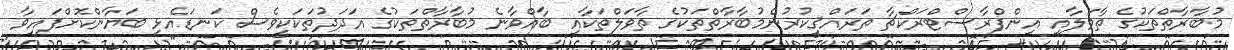
މުބާރާތްތަކުގެ ތާވަލާއި އިންފްރާސްޓްރަކްޗާ ތަރައްޤީކުރުންމުބާރާތްތަކުގެ ތާވަލްތަކާއި ބާއްވާނެ މުބާރާތްތަކުގެ އަދަދުތަކަކީވެސް ކަނޑައެޅި ބަޔާންކޮށްފައިވާ